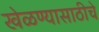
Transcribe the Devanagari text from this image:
खेळण्यासाठीचे